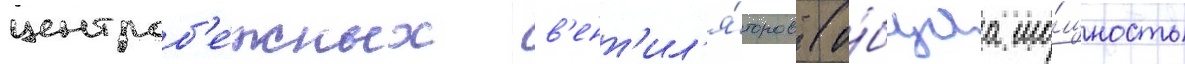
центроб'е́жных в'ент'ил'я́торов (о́бщаа мо́щность